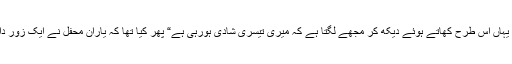
جب احباب کو کھاتے ہوئے دیکھا تو جلال صاحب سے رہا نہ گیا‘ بالآخر وہ بول اُٹھے کہ” آپ سب کو یہاں اس طرح کھاتے ہوئے دیکھ کر مجھے لگتا ہے کہ میری تیسری شادی ہورہی ہے“ پھر کیا تھا کہ یارانِ محفل نے ایک زور دار قہقہے سے محفل کو کشت زعفران بنا دیا اور ہم بھی جلالی طنز سے محظوظ ہوئی بغیر نہ رہ سکے۔